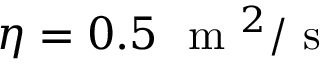
\eta = 0 . 5 ~ \mathrm { ~ m ~ } ^ { 2 } / \mathrm { ~ s ~ }